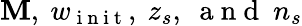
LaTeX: \mathbf{M},\ w_{\mathrm{{~i~n~i~t~}}},\ z_{s},\ \mathrm{{~a~n~d~}}\ n_{s}